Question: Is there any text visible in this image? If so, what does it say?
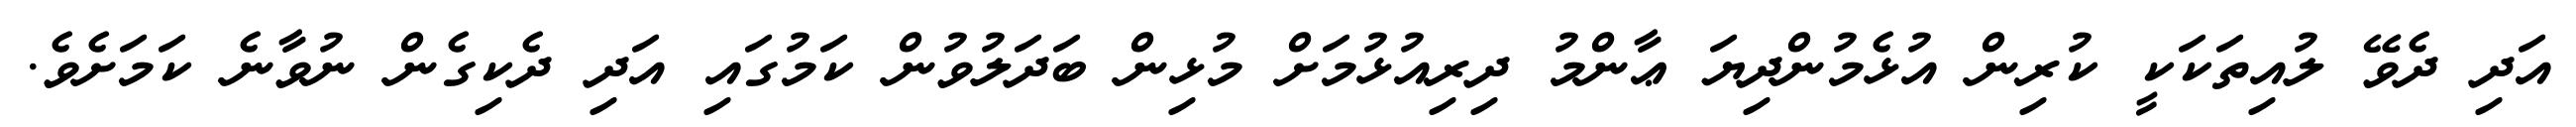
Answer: އަދި ދެވޭ ލުއިތަކަކީ ކުރިން އުޅެމުންދިޔަ ޢާންމު ދިރިއުޅުމަށް މުޅިން ބަދަލުވުން ކަމުގައި އަދި ދެކިގެން ނުވާނެ ކަމަށެވެ.